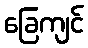
ခြေကျင်